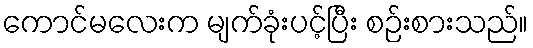
ကောင်မလေးက မျက်ခုံးပင့်ပြီး စဉ်းစားသည်။